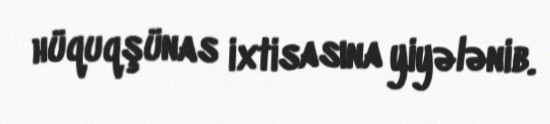
hüquqşünas ixtisasına yiyələnib.